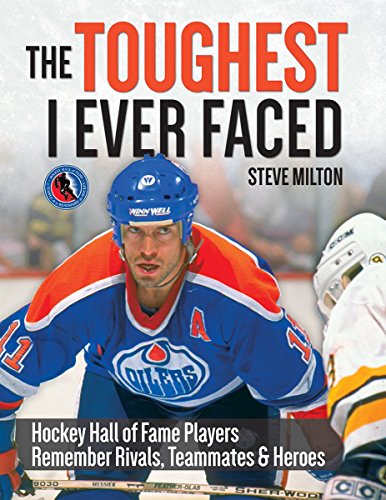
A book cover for The Toughest I Ever Faced: Hockey Hall of Fame Players Remember Their Rivals, Teammates and Heroes; Steve Milton; Biographies & Memoirs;